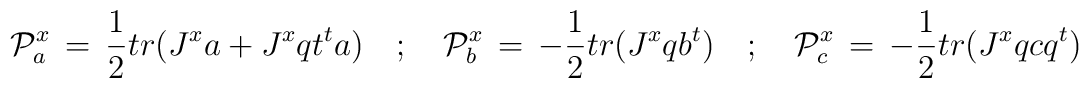
{\cal P}^x_a \, =\,  \frac{1}{2} tr( J^x a + J^x q t^t a) \quad ; \quad{\cal P}^x_b \, =\, -\frac{1}{2} tr (J^x q b^t) \quad ; \quad{\cal P}^x_c \, =\, -\frac{1}{2} tr (J^x q c q^t)